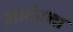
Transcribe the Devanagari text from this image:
आनंदचा